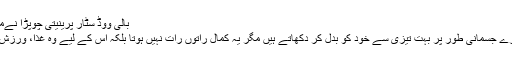
بالی ووڈ سٹار پرینیتی چوپڑا نےمداحوں کو ناقابل یقین نسخہ بتا دیا
ممبئی(ویب ڈیسک) دنیا کے ستارے جسمانی طور پر بہت تیزی سے خود کو بدل کر دکھاتے ہیں مگر یہ کمال راتوں رات نہیں ہوتا بلکہ اس کے لیے وہ غذا، ورزش اور دیگر طریقہ کار اپناتے ہیں۔